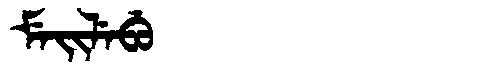
Manchu: ᠮᡝᡳᠯᡝᠪᡠ
Romanization: MEILEBU